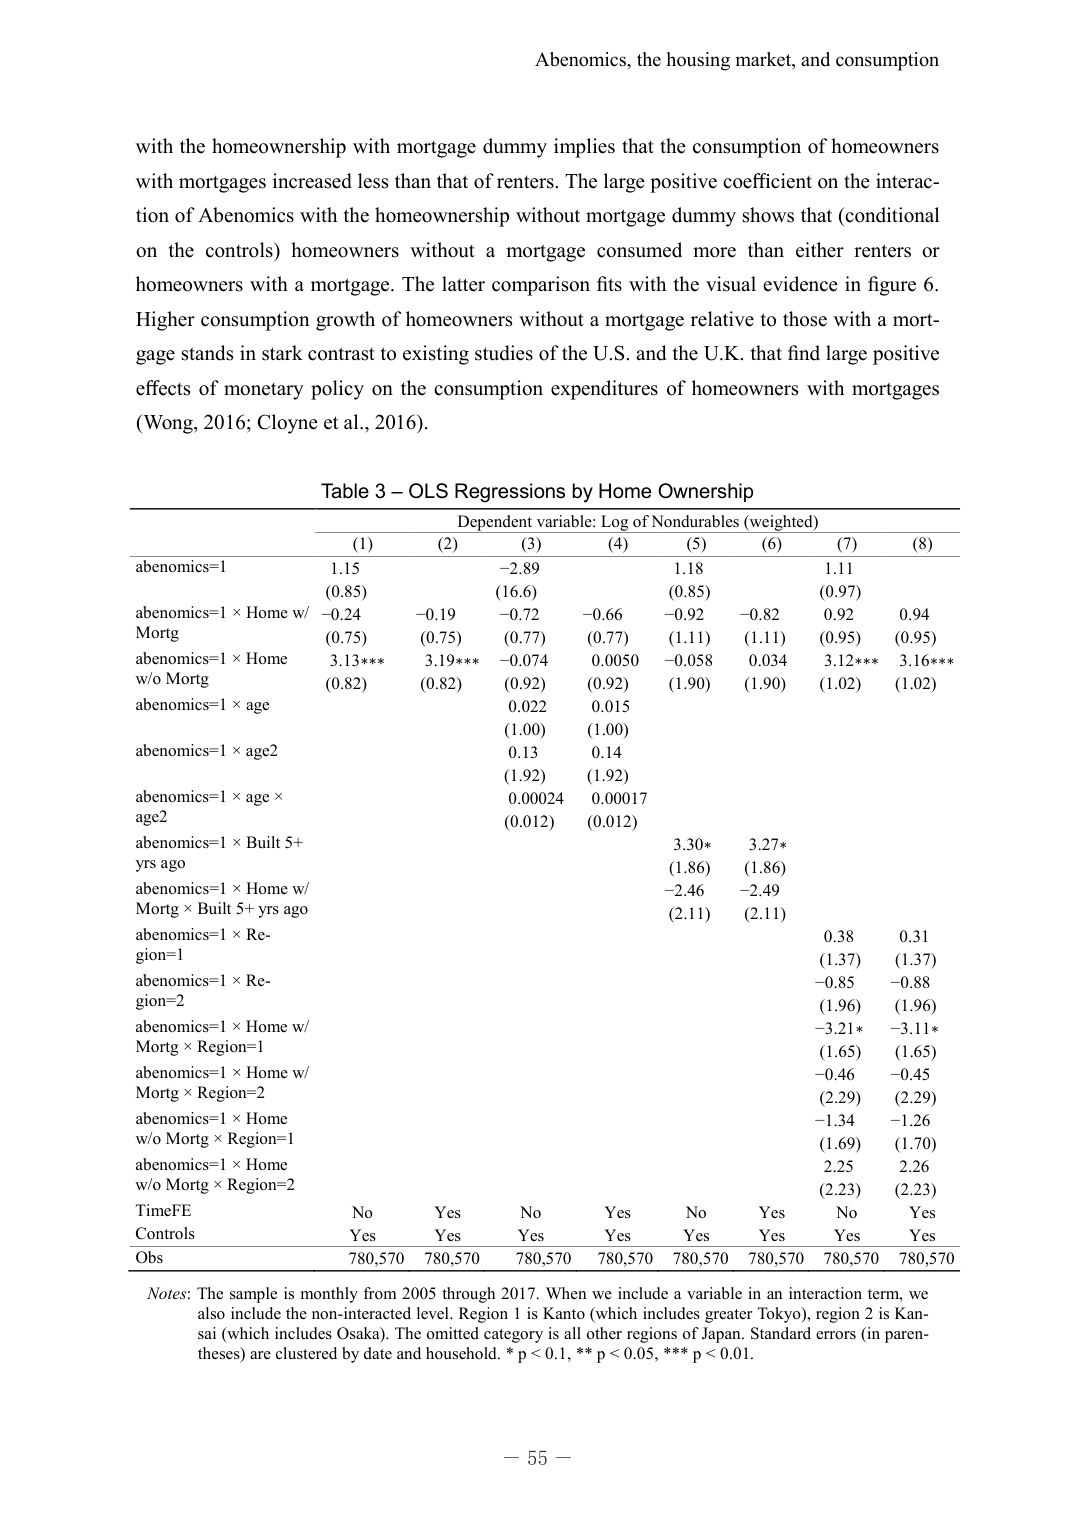
Abenomics, the housing market, and consumption

with the homeownership with mortgage dummy implies that the consumption of homeowners with mortgages increased less than that of renters. The large positive coefficient on the interaction of Abenomics with the homeownership without mortgage dummy shows that (conditional on the controls) homeowners without a mortgage consumed more than either renters or homeowners with a mortgage. The latter comparison fits with the visual evidence in figure 6. Higher consumption growth of homeowners without a mortgage relative to those with a mortgage stands in stark contrast to existing studies of the U.S. and the U.K. that find large positive effects of monetary policy on the consumption expenditures of homeowners with mortgages (Wong, 2016; Cloyne et al., 2016).

Table 3 – OLS Regressions by Home Ownership
Dependent variable: Log of Nondurables (weighted)

(1)     (2)     (3)     (4)     (5)     (6)     (7)     (8)
abenomics=1           1.15           -2.89           1.18           1.11
                      (0.85)         (16.6)         (0.85)         (0.97)
abenomics=1 × Home w/ -0.24          -0.19          -0.72          -0.66          -0.92          -0.82          0.92          0.94
Mortg                 (0.75)         (0.75)         (0.77)         (0.77)         (1.11)         (1.11)         (0.95)         (0.95)
abenomics=1 × Home    3.13***        3.19***        -0.074         0.0050         -0.058         0.034          3.12***      3.16***
w/o Mortg             (0.82)         (0.82)         (0.92)         (0.92)         (1.90)         (1.90)         (1.02)         (1.02)
abenomics=1 × age                     0.022          0.015
                                      (1.00)         (1.00)
abenomics=1 × age2                    0.13           0.14
                                      (1.92)         (1.92)
abenomics=1 × age ×                     0.00024        0.00017
age2                                  (0.012)        (0.012)
abenomics=1 × Built 5+                  3.30*          3.27*
yrs ago                               (1.86)         (1.86)
abenomics=1 × Home w/                   -2.46          -2.49
Mortg × Built 5+ yrs ago                (2.11)         (2.11)
abenomics=1 × Region=1                  0.38           0.31
                                      (1.37)         (1.37)
abenomics=1 × Region=2                 -0.85          -0.88
                                      (1.96)         (1.96)
abenomics=1 × Home w/                   -3.21*         -3.11*
Mortg × Region=1                      (1.65)         (1.65)
abenomics=1 × Home w/                   -0.46          -0.45
Mortg × Region=2                      (2.29)         (2.29)
abenomics=1 × Home                      -1.34          -1.26
w/o Mortg × Region=1                  (1.69)         (1.70)
abenomics=1 × Home                      2.25           2.26
w/o Mortg × Region=2                  (2.23)         (2.23)
TimeFE                No               Yes            No               Yes            No               Yes            No               Yes
Controls              Yes              Yes            Yes              Yes            Yes              Yes            Yes              Yes
Obs                   780,570          780,570        780,570          780,570        780,570          780,570        780,570          780,570

Notes: The sample is monthly from 2005 through 2017. When we include a variable in an interaction term, we also include the non-interacted level. Region 1 is Kanto (which includes greater Tokyo), region 2 is Kansai (which includes Osaka). The omitted category is all other regions of Japan. Standard errors (in parentheses) are clustered by date and household. * p < 0.1, ** p < 0.05, *** p < 0.01.

– 55 –